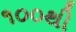
૧૦૦થી